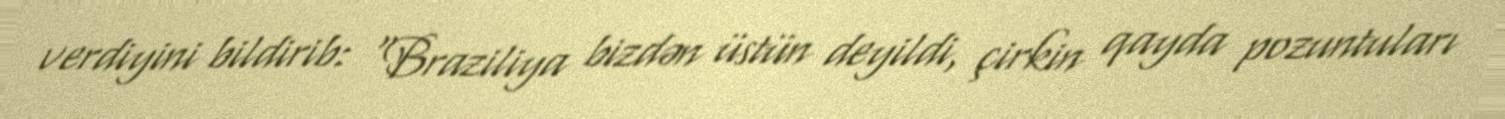
verdiyini bildirib: "Braziliya bizdən üstün deyildi, çirkin qayda pozuntuları